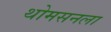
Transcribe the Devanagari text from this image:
थोमसनला